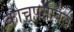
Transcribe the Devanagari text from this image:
कोचूपरम्बिल